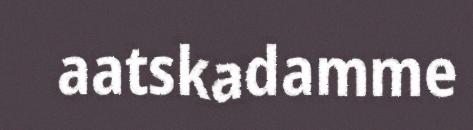
aatskadamme